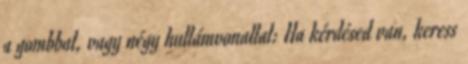
a gombbal, vagy négy hullámvonallal: Ha kérdésed van, keress